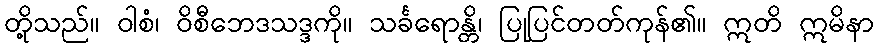
တို့သည်။ ဝါစံ၊ ဝိစီဘေဒသဒ္ဒကို။ သင်္ခရောန္တိ၊ ပြုပြင်တတ်ကုန်၏။ ဣတိ ဣမိနာ